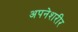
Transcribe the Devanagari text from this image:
अपनेशरीर